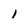
Character: 1